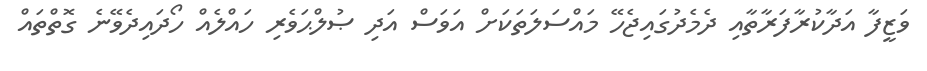
ވަޒީފާ އަދާކުރާފަރާތާއި ދެމެދުގައިޖެހޭ މައްސަލަތަކަށް އަވަސް އަދި ޞުލްޙަވެރި ހައްލެއް ހޯދައިދެވޭނެ ގޮތްތައް